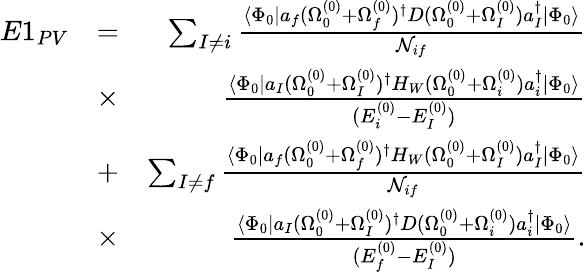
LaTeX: \begin{array}{rlr}{E1_{PV}}&{=}&{\sum_{I\ne i}\frac{\langle\Phi_{0}|a_{f}(\Omega_{0}^{(0)}+\Omega_{f}^{(0)})^{\dagger}D(\Omega_{0}^{(0)}+\Omega_{I}^{(0)})a_{I}^{\dagger}|\Phi_{0}\rangle}{{\cal N}_{if}}}\\ &{\times}&{\frac{\langle\Phi_{0}|a_{I}(\Omega_{0}^{(0)}+\Omega_{I}^{(0)})^{\dagger}H_{W}(\Omega_{0}^{(0)}+\Omega_{i}^{(0)})a_{i}^{\dagger}|\Phi_{0}\rangle}{(E_{i}^{(0)}-E_{I}^{(0)})}}\\ &{+}&{\sum_{I\ne f}\frac{\langle\Phi_{0}|a_{f}(\Omega_{0}^{(0)}+\Omega_{f}^{(0)})^{\dagger}H_{W}(\Omega_{0}^{(0)}+\Omega_{I}^{(0)})a_{I}^{\dagger}|\Phi_{0}\rangle}{{\cal N}_{if}}}\\ &{\times}&{\frac{\langle\Phi_{0}|a_{I}(\Omega_{0}^{(0)}+\Omega_{I}^{(0)})^{\dagger}D(\Omega_{0}^{(0)}+\Omega_{i}^{(0)})a_{i}^{\dagger}|\Phi_{0}\rangle}{(E_{f}^{(0)}-E_{I}^{(0)})}.}\end{array}